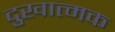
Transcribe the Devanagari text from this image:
दुखात्मक